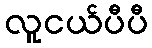
လူငယ်ပီပီ